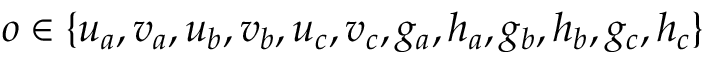
o \in \{ u _ { a } , v _ { a } , u _ { b } , v _ { b } , u _ { c } , v _ { c } , g _ { a } , h _ { a } , g _ { b } , h _ { b } , g _ { c } , h _ { c } \}